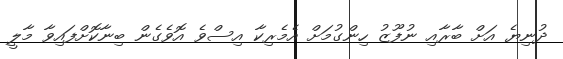
ދުނިޔެ އަށް ބާރާއި ނުފޫޒު ހިންގުމަށް އެމެރިކާ އިސްވެ އޮވެގެން ބިނާކޮށްފައިވާ މާލީ